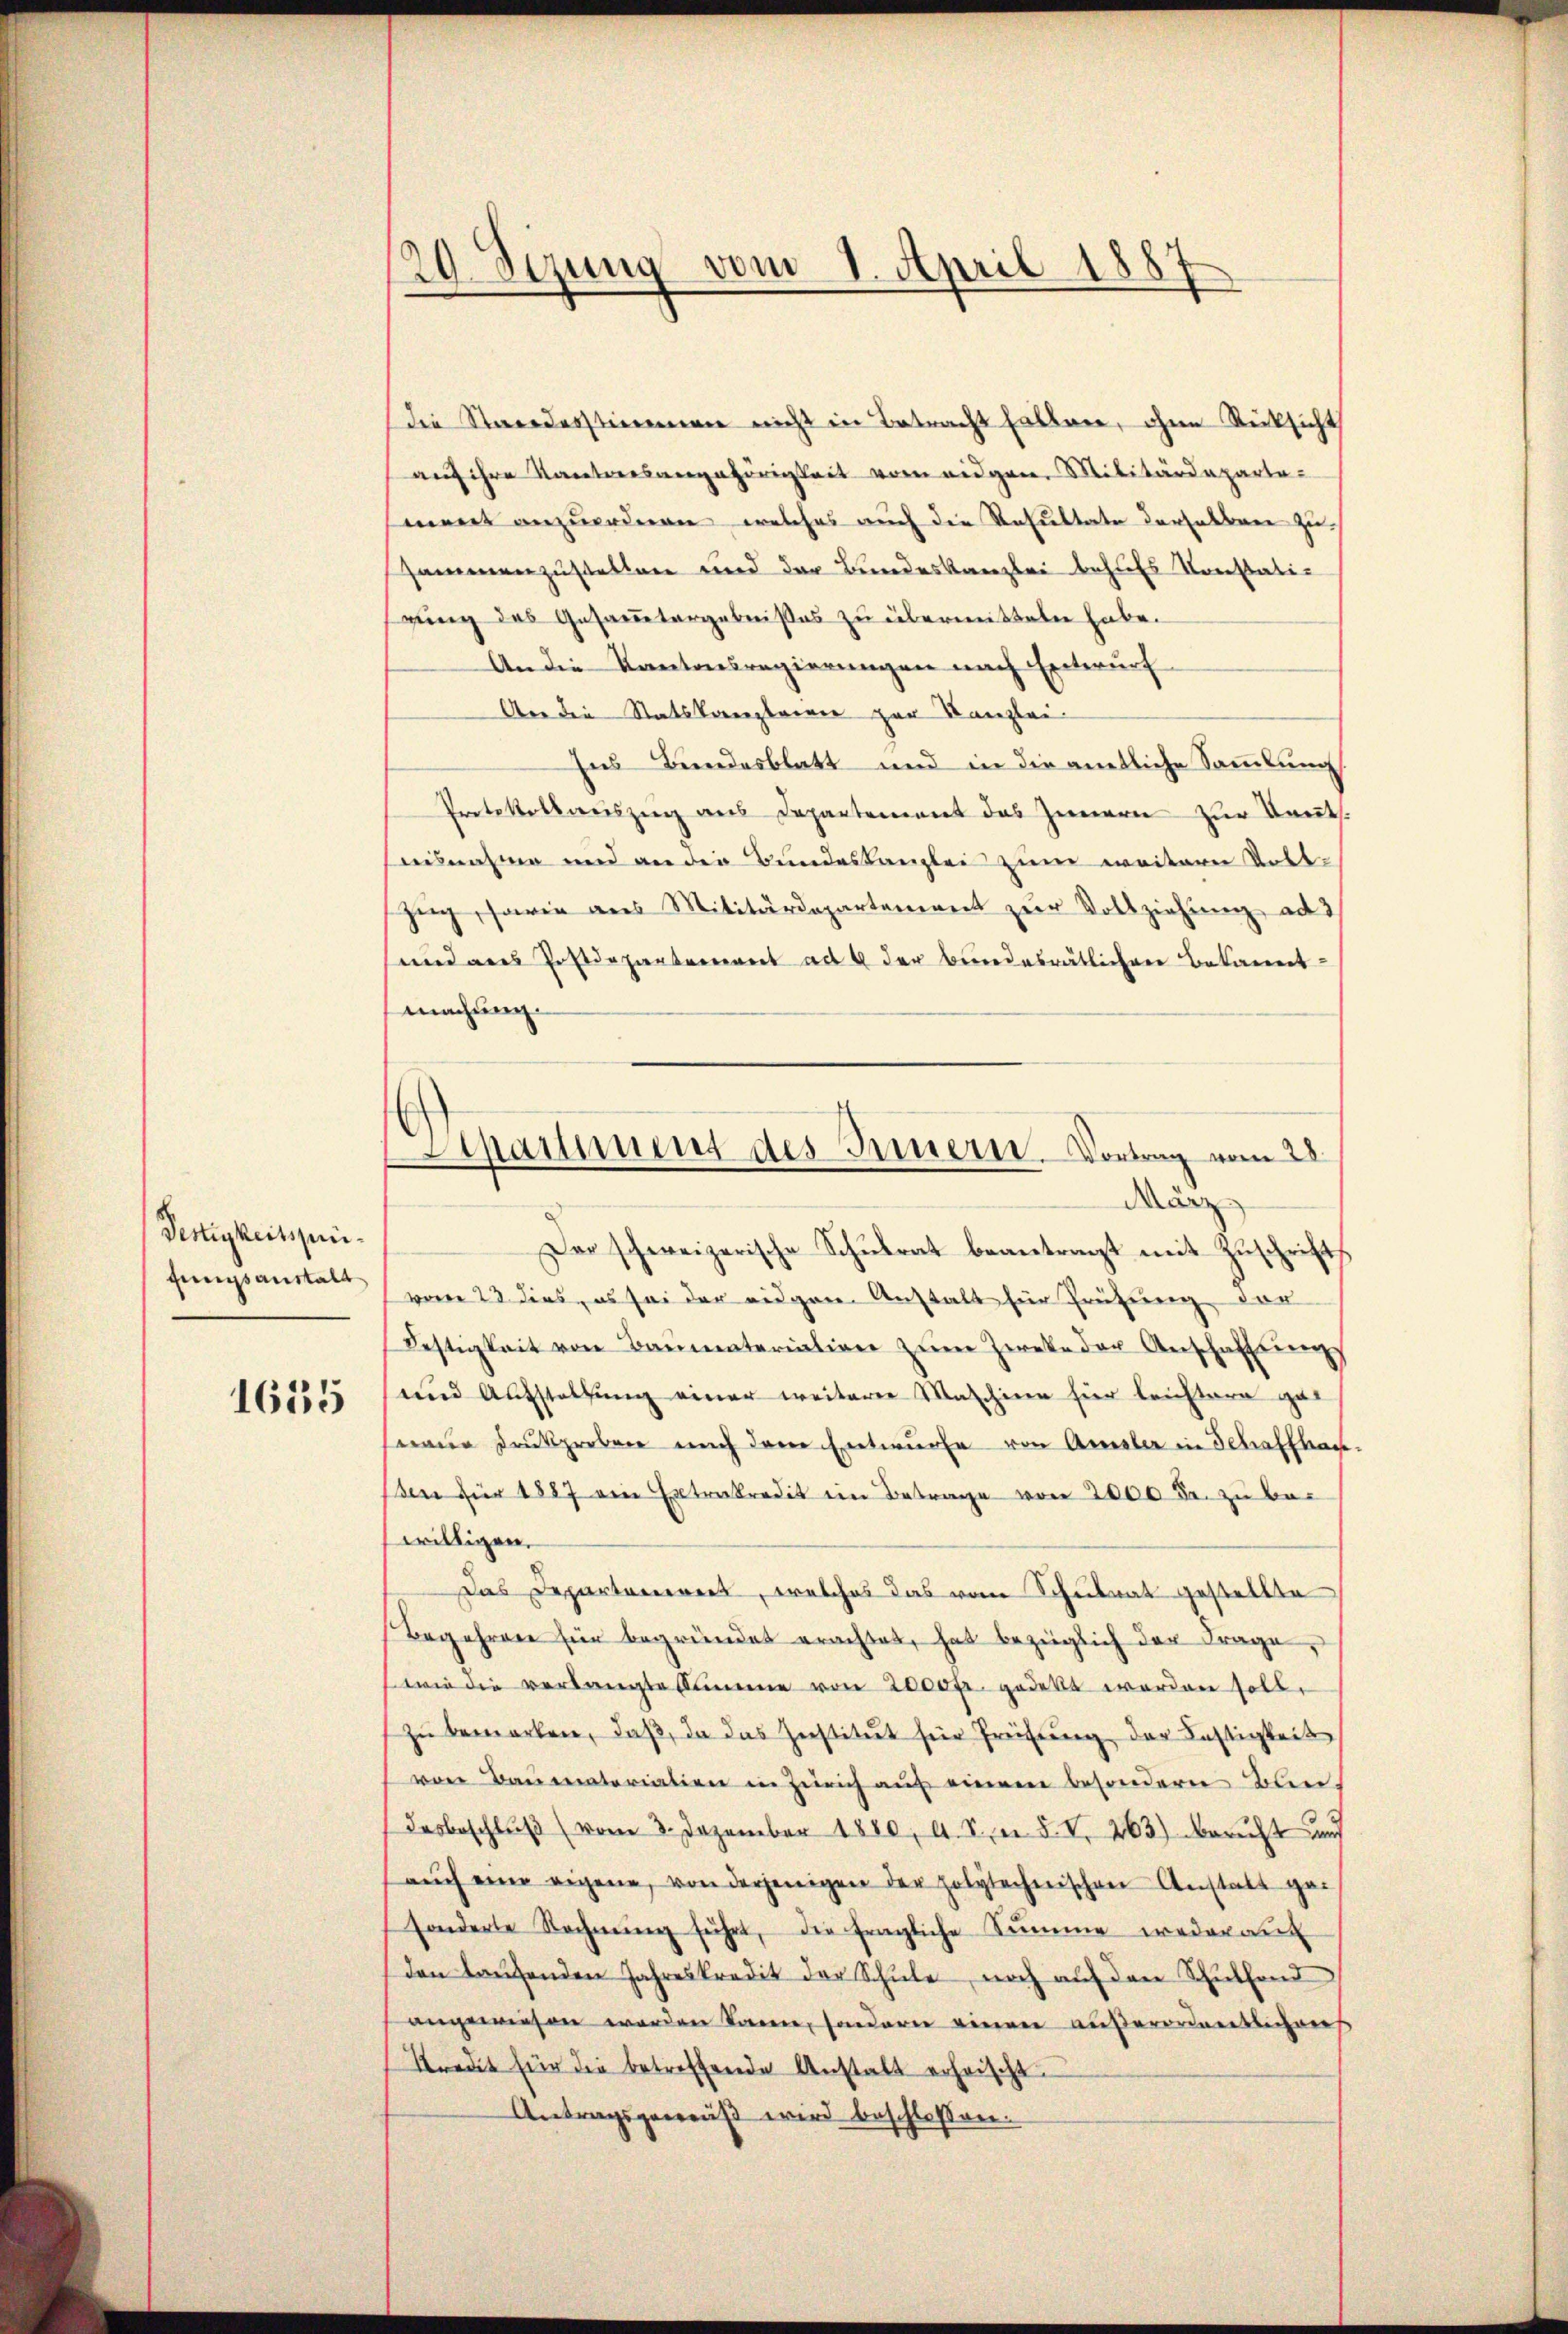
Pertigkeitspifungsanstalt

1615

20. Sezung vom 1. April 1887

die Standesstimmen nicht in Betracht hatten, ohne Rücksicht
aŭf ihre Kantonsangehörigkeit vom eidgen. Militärdepartement anzuordnen, welches auch die Resultate derselbare zu
sammenzustellen und der Bundeskanzlei behufs Konstatigung des Gesammtergebnißes zu übermitteln habe.
An die Kantonsregierungen nach Entwurf
An die Statskanzleien zur Kanzlei-
Ins Bundesblatt und in die amtliche Sammlung
Protokollauszug aus Departement das Innern zur Kauts.
ausnahme und an die Bundeskanzlei zum weitern Volt-
zug, sowie aus Militärdepartement zur Vollziehung ad 3
und aus Postdepartement ad 4 der Bundesrätlichen Bekannt
machung.
Der schweizerische Schulrat beantragt mit Zuschrifts
vom 23 dies, es sei der eidgen Anstalt für Prüfung vor
Bestigkeit von Baumateriation zŭm Zweke der Anschaffung
und Aufstaltung einer weiterer Maschine hier leichtern genaue Druckproben auch der Entwurfe von Amsler in Schaffhau
en für 1887 ein Extrakredit ein Betrage von 2000 Fr. zu be-
willigen.
Das Departanerers, welches das vom Schulrat gestellte
Begehren für begründet erachtet, hat bezüglich der Frage,
wie die verlangte Summe von 2000 fr. gedekt werden soll.
zŭ bemerken, daβ, da das Institut für Preisung der Festigkeit
von Baumaterialien in Zürich aŭf einem besondern Bun-
desbeschlŭβ vom 3. Dezember 1880, A. S. n. F. V. 263) berecht und
aŭch eine eigene, von derjenigen der polytechnischen Anstatt gesonderte Rechnŭng führt, die fragliche Summe wederauf
den laŭfenden Jahreskredit der Schŭle noch auf den Schulfond
angewiesen werden kann, sondern einen außerordnentlichens
Kredit für die betreffende Anstalt erheischt.
Antragsgemäß wird beschlossen.

Shamment des Innern. Vortrag vom 28
dar